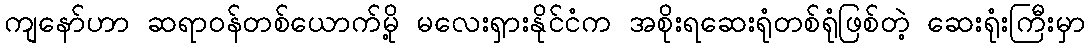
ကျနော်ဟာ ဆရာဝန်တစ်ယောက်မို့ မလေးရှားနိုင်ငံက အစိုးရဆေးရုံတစ်ရုံဖြစ်တဲ့ ဆေးရုံးကြီးမှာ